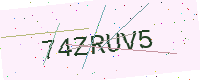
Text: 74ZRUV5